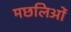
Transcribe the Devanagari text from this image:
मछलिओं